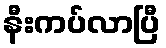
နီးကပ်လာပြီ